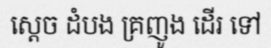
ស្តេច ដំបង គ្រញូង ដើរ ទៅ